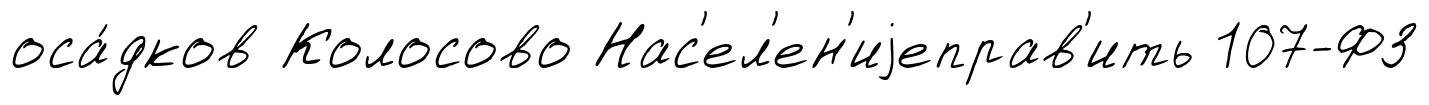
оса́дков Колосово Нас'ел'ен'иjеправ'ить 107-ФЗ